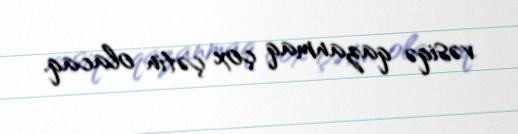
vəsiqə qazanmaq çox çətin olacaq.